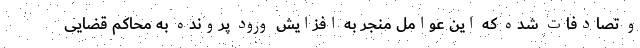
و تصادفات شده که این عوامل منجر به افزایش ورود پرونده به محاکم قضایی